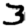
Digit: 3